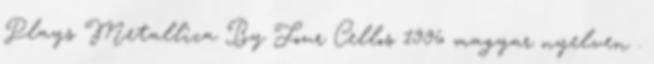
Plays Metallica By Four Cellos 1996 magyar nyelven .